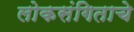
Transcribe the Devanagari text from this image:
लोकसंगिताचे